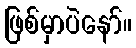
ဖြစ်မှာပဲနော်။